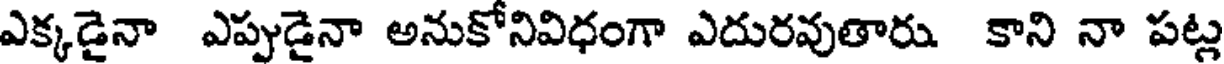
ఎక్కడైనా ఎప్పుడైనా అనుకోనివిధంగా ఎదురవుతారు. కాని నా పట్ల